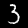
Label: 3